Civil Veterinary Dept. North-West Frontier Province 1923-32 - 1923-1932
Year: 1923
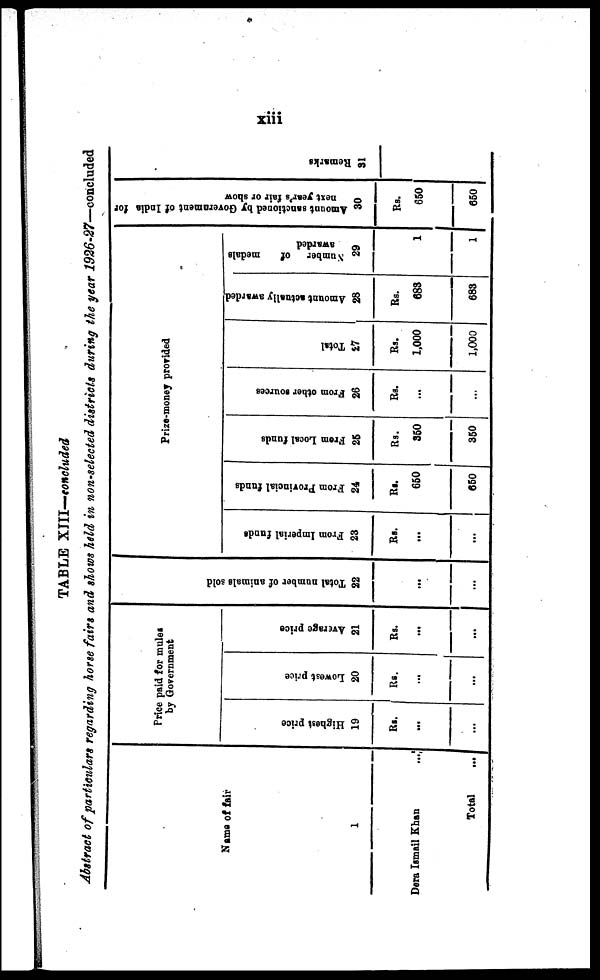
xiii
TABLE XIII—concluded
Abstract of particulars regarding horse fain and shows held in non-selected districts during the year 1926-27—concluded
Name of fair
1
Dera Ismail Khan
...
Total
...
Price paid for mules
by Government
Highest price
19
Rs.
...
...
Lowest price
20
Rs.
...
...
Average price
21
Rs.
...
...
Tot al number of animals sold
22
...
...
Prize-money provided
From Imperial funds
23
Rs.
...
...
From Provincial funds
24
Rs.
650
650
From
Local funds
25
Rs.
350
350
From other sources
26
Rs.
...
...
Total
27
Rs.
1,000
1,000
Amount actually awarded
28
Rs.
683
683
Number
of
medals
awarded
29
1
1
Amount sanctioned by Government of India for
next year's fair or show
30
Rs.
650
650
Remarks
31